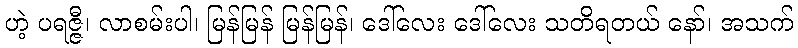
ဟဲ့ ပရဇ္ဇီ၊ လာစမ်းပါ၊ မြန်မြန် မြန်မြန်၊ ဒေါ်လေး ဒေါ်လေး သတိရတယ် နော်၊ အသက်